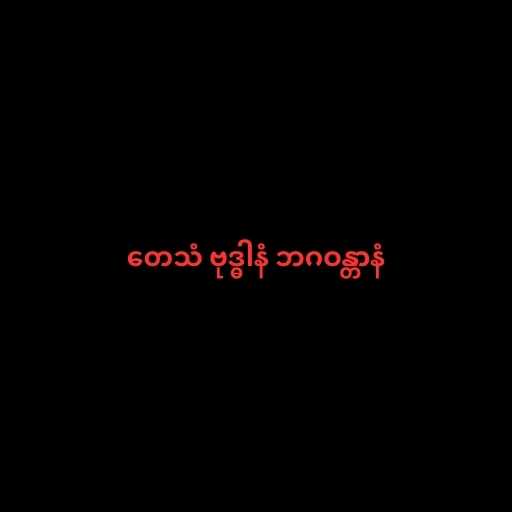
တေသံ ဗုဒ္ဓါနံ ဘဂဝန္တာနံ